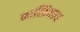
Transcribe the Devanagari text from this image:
नास्तिकाय